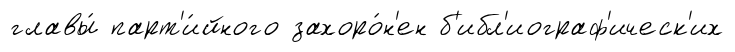
главы́ парт'и́йного захоро́н'ен б'ибл'иограф'ическ'их